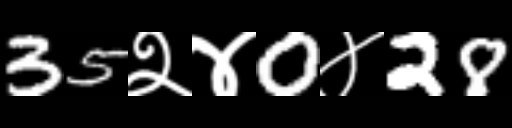
Text: 35२४0४28